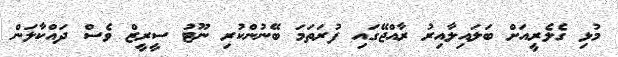
މުޅި ގެލެރީއަށް ބަލައިލާއިރު ރާއްޖޭގައި ފުރަތަމަ ބޭނުންކުރި ނޫޓު ސީރީޒް ވެސް ދައްކާލަން